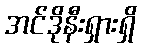
အင်ဒိုနီးရှားရှိ